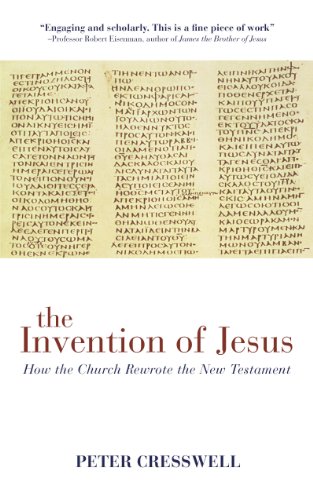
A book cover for The Invention of Jesus: How the Church Rewrote the New Testament; Peter Cresswell; Christian Books & Bibles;